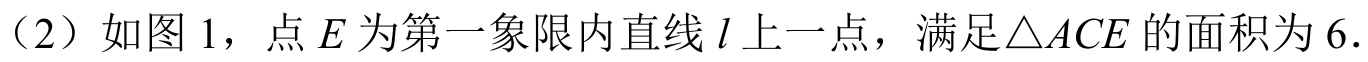
（2）如图1，点\(E\)为第一象限内直线\(l\)上一点，满足\(\triangle ACE\)的面积为\(6\).